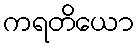
ကရတိယော